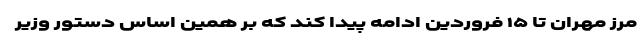
مرز مهران تا ۱۵ فروردین ادامه پیدا کند که بر همین اساس دستور وزیر